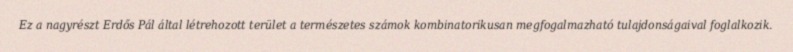
Ez a nagyrészt Erdős Pál által létrehozott terület a természetes számok kombinatorikusan megfogalmazható tulajdonságaival foglalkozik.